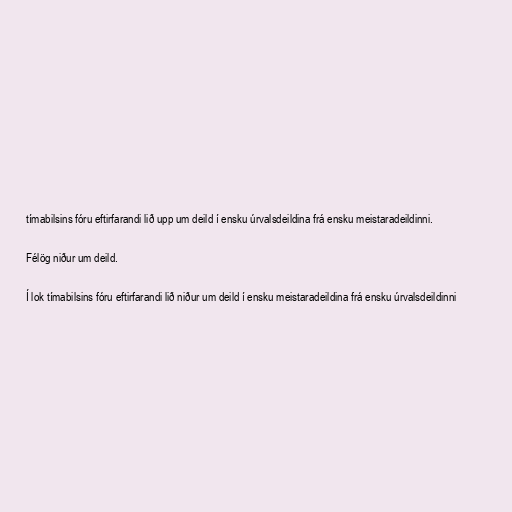
tímabilsins fóru eftirfarandi lið upp um deild í ensku úrvalsdeildina frá ensku meistaradeildinni.

Félög niður um deild.

Í lok tímabilsins fóru eftirfarandi lið niður um deild í ensku meistaradeildina frá ensku úrvalsdeildinni